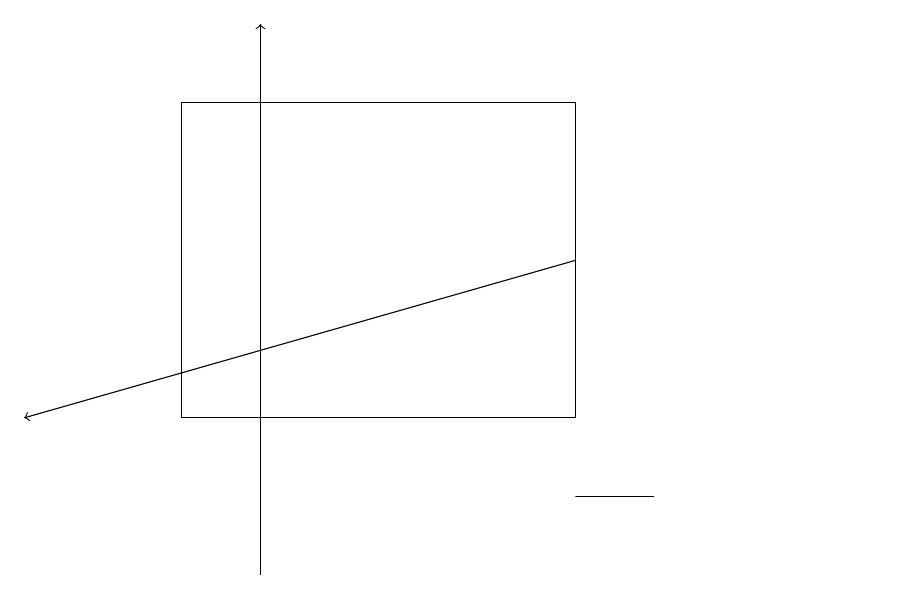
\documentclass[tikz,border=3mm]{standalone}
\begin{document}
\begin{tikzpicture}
\draw (9,12) rectangle (8,12);
\draw (12,12) circle (0);
\draw[->] (8,15) -- (1,13);
\draw[->] (4,11) -- (4,18);
\draw (3,13) rectangle (8,17);
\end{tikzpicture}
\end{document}